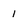
Character: 1